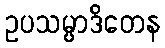
ဥပသမ္ပာဒိတေန